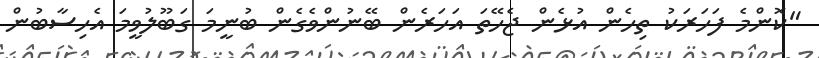
"ކޮންމެ ފަހަރަކު ތިހެން އުޅެން ޖެހޭތަ އަހަރެން ބޭނުންވެގެން ބުނީމަ ގަބޫލުވީމަ އެހިސާބުން